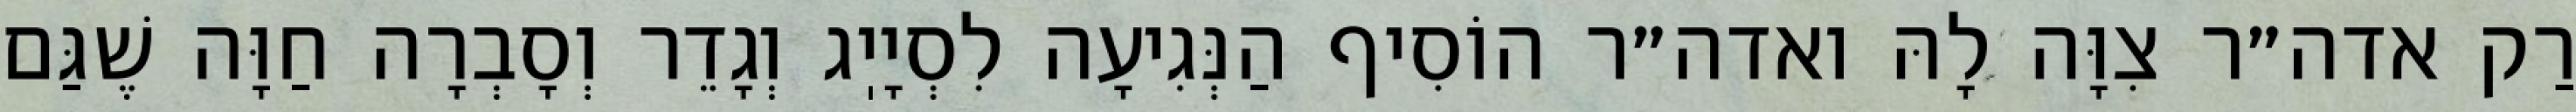
רַק אדה״ר צִוָּה לָהּ ואדה״ר הוֹסִיף הַנְּגִיעָה לִסְיָיֽג וְגָדֵר וְסָבְרָה חַוָּה שֶׁגַּם